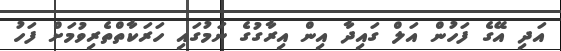
އަދި އޭގެ ފަހުން އަލް ގައިދާ އިން އިރާގުގެ ނަމުގައި ހަރަކާތްތެރިވުމަށް ފަހު